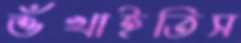
শুঁখাইতিস